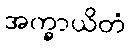
အက္ခာယိတံ